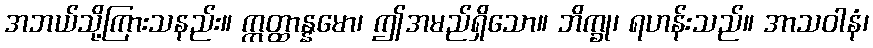
အဘယ်သို့ကြားသနည်း။ ဣတ္ထာန္နမော၊ ဤအမည်ရှိသော။ ဘိက္ခု၊ ရဟန်းသည်။ အာသဝါနံ၊